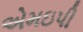
એમઇપી